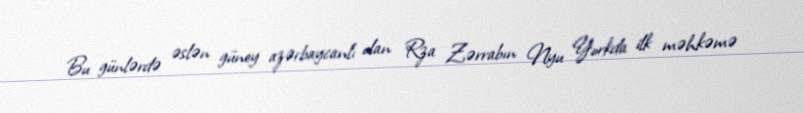
Bu günlərdə əslən güney azərbaycanlı olan Rza Zərrabın Nyu Yorkda ilk məhkəmə